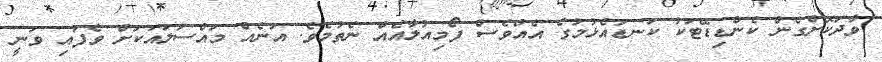
ވާދަކޮށްގެން ކެންޑިޑޭޓަކު ކަނޑައެޅުމުގެ އެއްވެސް ފޯމިއުލާއެއް ނެތުމެވެ. އަނެއް މައްސަލައަކަށް ވެފައި ވަނީ